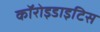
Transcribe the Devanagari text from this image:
कॉरोइडाइटिस